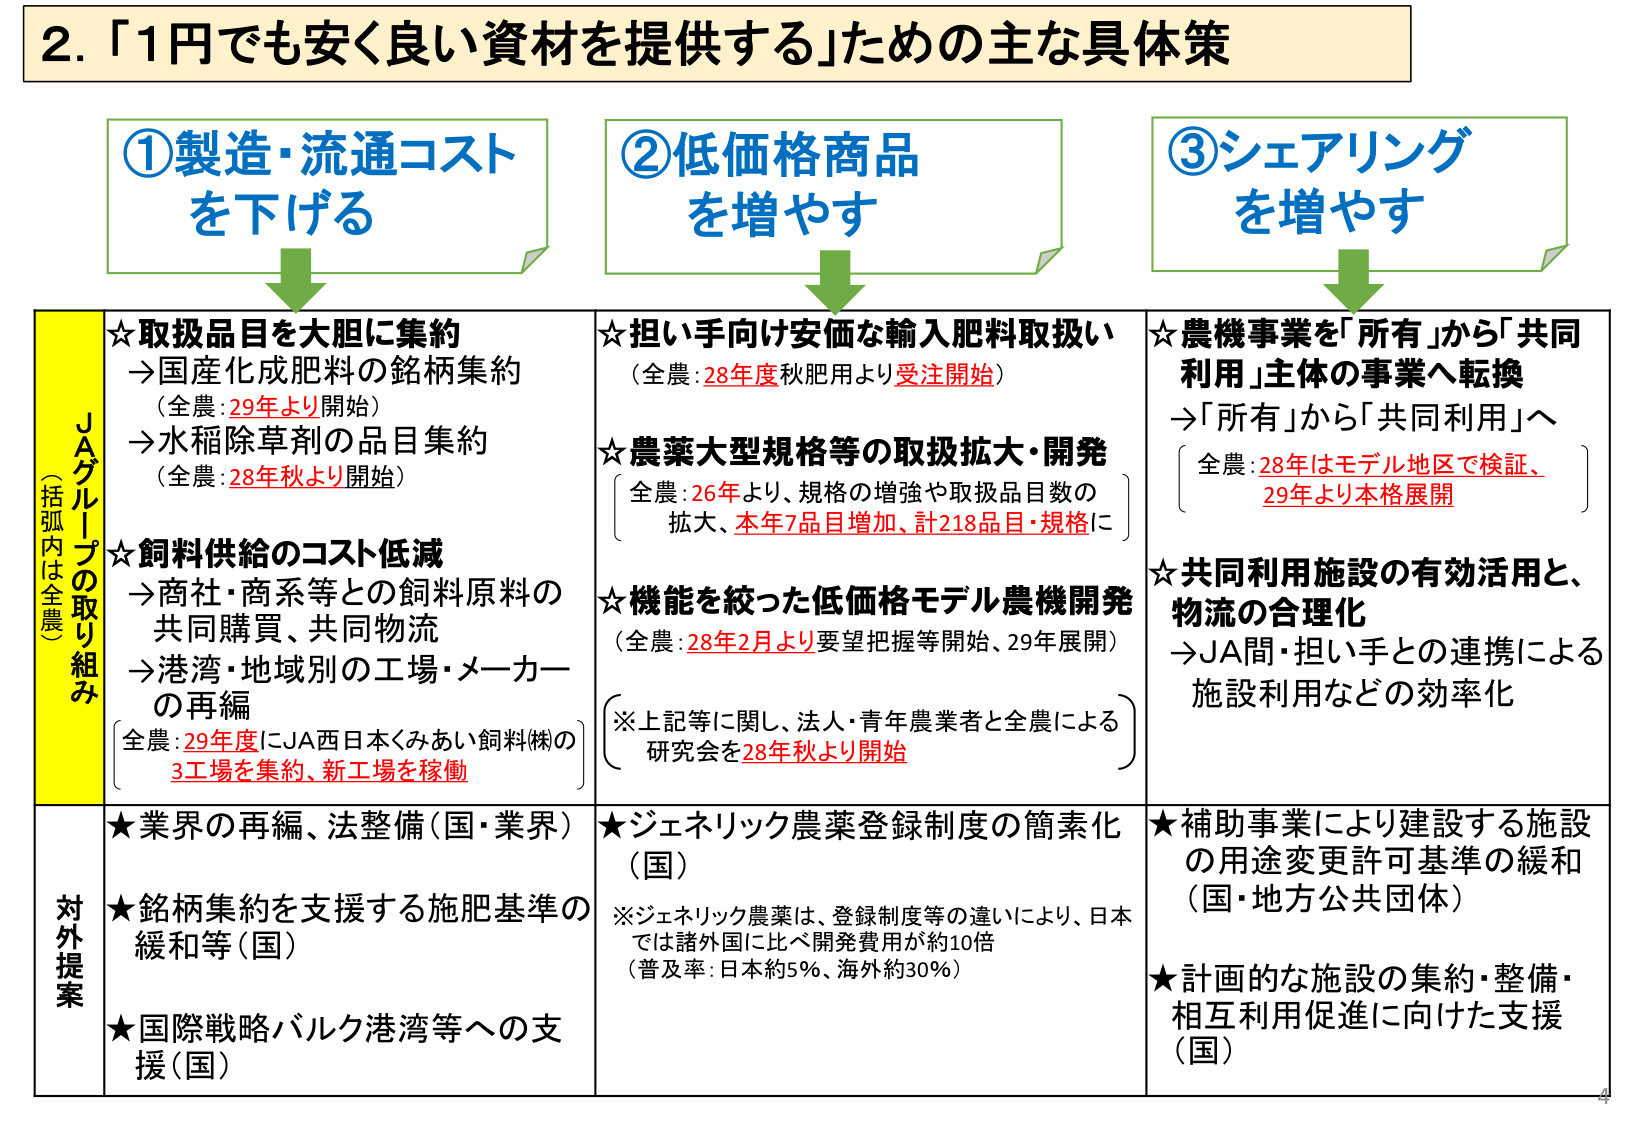
2. 「1円でも安く良い資材を提供する」ための主な具体策

①製造・流通コストを下げる
②低価格商品を増やす
③シェアリングを増やす

JAグループの取り組み（括弧内は全農）
☆取扱品目を大胆に集約
→国産化成肥料の銘柄集約（全農：29年より開始）
→水稲除草剤の品目集約（全農：28年秋より開始）

☆飼料供給のコスト低減
→商社・商系等との飼料原料の共同購買、共同物流
→港湾・地域別の工場・メーカーの再編
（全農：29年度にJA西日本くみあい飼料(株)の3工場を集約、新工場を稼働）

☆担い手向け安価な輸入肥料取扱い
（全農：28年度秋肥用より受注開始）

☆農薬大型規格等の取扱拡大・開発
（全農：26年より、規格の増強や取扱品目数の拡大、本年7品目増加、計218品目・規格に）

☆機能を絞った低価格モデル農機開発
（全農：28年2月より要望把握等開始、29年展開）
（※上記等に関し、法人・青年農業者と全農による研究会を28年秋より開始）

☆農機事業を「所有」から「共同利用」主体の事業へ転換
→「所有」から「共同利用」へ
（全農：28年はモデル地区で検証、29年より本格展開）

☆共同利用施設の有効活用と、物流の合理化
→JA間・担い手との連携による施設利用などの効率化

対外提案
★業界の再編、法整備（国・業界）
★銘柄集約を支援する施肥基準の緩和等（国）
★国際戦略バルク港湾等への支援（国）

★ジェネリック農薬登録制度の簡素化（国）
※ジェネリック農薬は、登録制度等の違いにより、日本では諸外国に比べ開発費用が約10倍（普及率：日本約5％、海外約30％）

★補助事業により建設する施設の用途変更許可基準の緩和（国・地方公共団体）
★計画的な施設の集約・整備・相互利用促進に向けた支援（国）

4